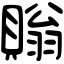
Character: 𧷜